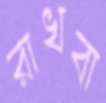
রাখবা